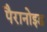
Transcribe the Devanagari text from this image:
पैरानोइड